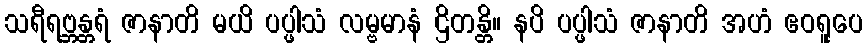
သရီရဗ္ဘန္တရံ ဇာနာတိ မယိ ပပ္ဖါသံ လမ္ဗမာနံ ဌိတန္တိ။ နပိ ပပ္ဖါသံ ဇာနာတိ အဟံ ဧဝရူပေ